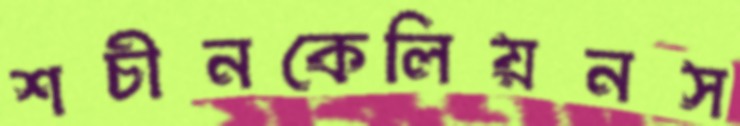
শচীনকেলিয়নস